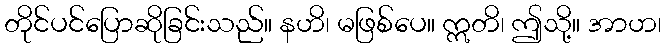
တိုင်ပင်ပြောဆိုခြင်းသည်။ နဟိ၊ မဖြစ်ပေ။ ဣတိ၊ ဤသို့။ အာဟ၊